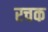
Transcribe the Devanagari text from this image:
रचक